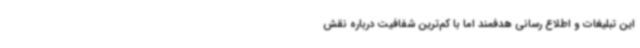
این تبلیغات و اطلاع رسانی‌ هدفمند اما با کم‌ترین شفافیت درباره نقش